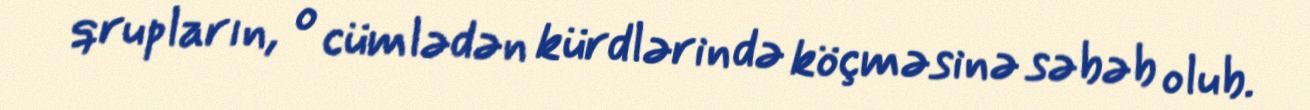
qrupların, o cümlədən kürdlərində köçməsinə səbəb olub.